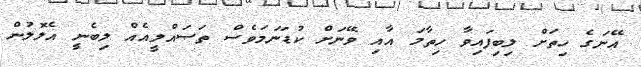
އޭނަގެ ހިތަށް ލިބިފައިވާ ހިތާމަ އާއި ވޭނަށް ކުޑަނަމަވެސް ތަޞައްލީއެއް ލިބެނީ އެލޮލުން